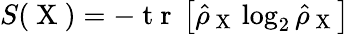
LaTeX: S(\mathrm{~X~})=-\mathrm{~t~r~}\left[\hat{\rho}_{\mathrm{~X~}}\log_{2}\hat{\rho}_{\mathrm{~X~}}\right]